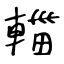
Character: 輺